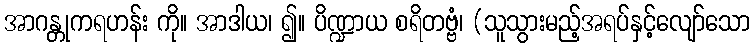
အာဂန္တုကရဟန်း ကို။ အာဒါယ၊ ၍။ ပိဏ္ဍာယ စရိတဗ္ဗံ၊ (သူသွားမည့်အရပ်နှင့်လျော်သော